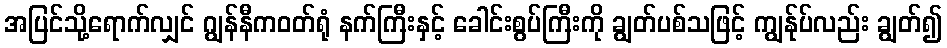
အပြင်သို့ရောက်လျှင် ဂျွန်နီကဝတ်ရုံ နက်ကြီးနှင့် ခေါင်းစွပ်ကြီးကို ချွတ်ပစ်သဖြင့် ကျွန်ုပ်လည်း ချွတ်၍